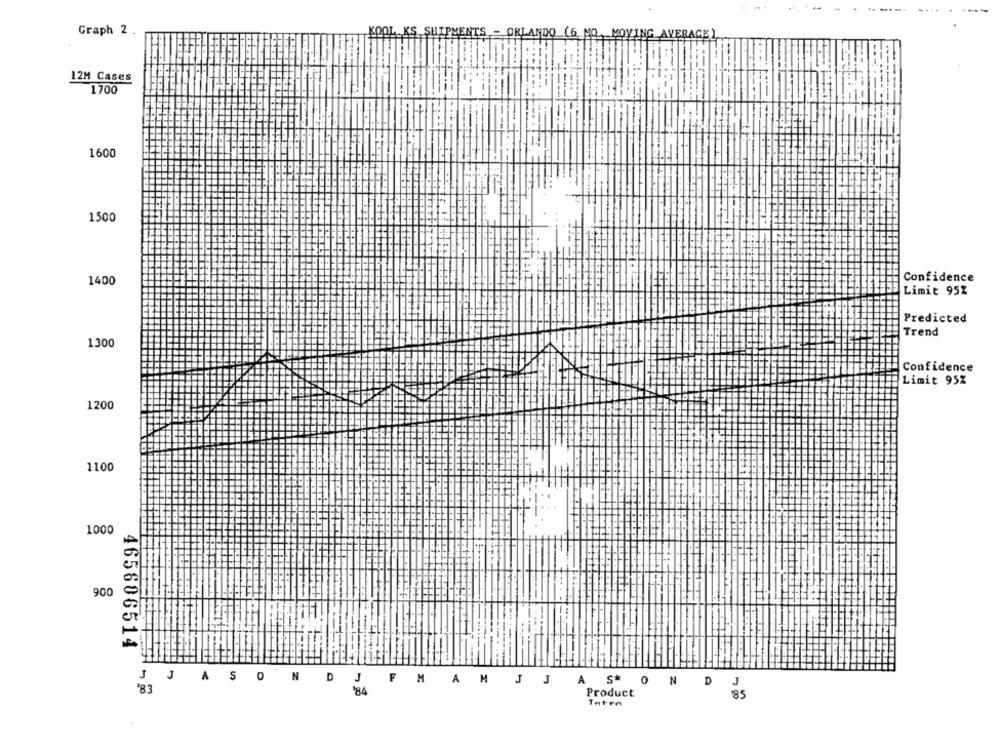
Graph 2 .
LING AVERAGE
12M Cases
1700
1600
1500
Confidence
1400
Limit 95%
Predicted
Trend
1300
Confidence
Limit 95%
1200
1100
1000
900
465606514
J
A
S
0
N
D
F
M
A
H
J
J
A
S*
0
N
D
J
'83
Product
85